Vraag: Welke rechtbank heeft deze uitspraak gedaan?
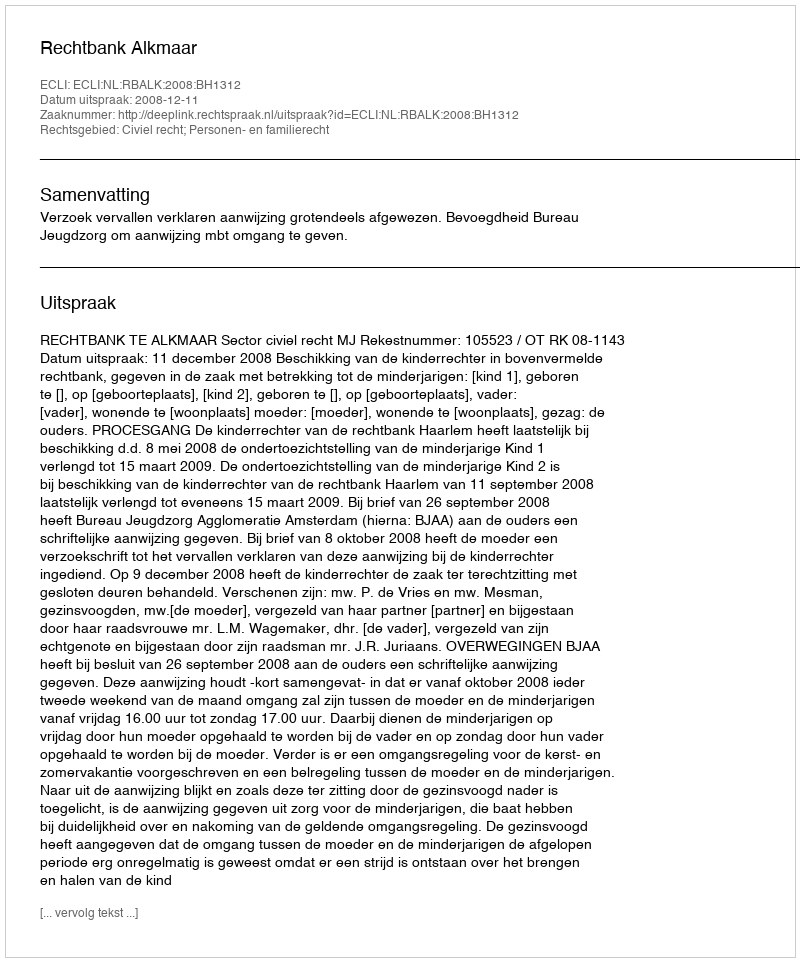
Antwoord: Rechtbank Alkmaar